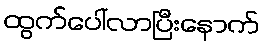
ထွက်ပေါ်လာပြီးနောက်